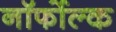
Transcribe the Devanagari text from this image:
नॉर्फोल्क